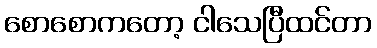
စောစောကတော့ ငါသေပြီထင်တာ